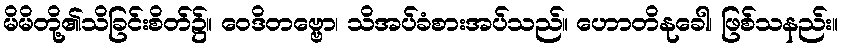
မိမိတို့၏သိခြင်းစိတ်၌။ ဝေဒိတဗ္ဗော၊ သိအပ်ခံစားအပ်သည်။ ဟောတိနုခေါ၊ ဖြစ်သနည်း။